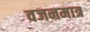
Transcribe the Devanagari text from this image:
वजनमात्र